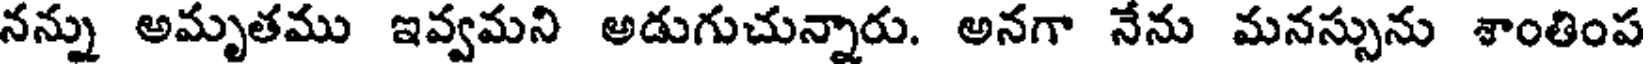
నన్ను అమృతము ఇవ్వమని అడుగుచున్నారు. అనగా నేను మనస్సును శాంతింప